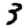
Digit: 3